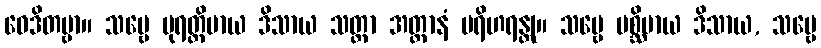
ဝေဒိတဗ္ဗာ။ သဗ္ဗေ ပုရတ္ထိမာယ ဒိသာယ သတ္တာ အတ္တာနံ ပရိဟရန္တု။ သဗ္ဗေ ပစ္ဆိမာယ ဒိသာယ, သဗ္ဗေ